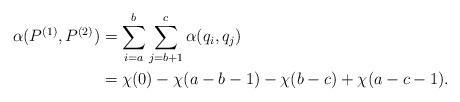
LaTeX: \begin{align*} \alpha(P^{(1)},P^{(2)}) &= \sum_{i=a}^b \sum_{j=b+1}^c \alpha(q_i,q_j) \\ &= \chi(0) - \chi(a-b-1) - \chi(b-c) + \chi(a-c-1).\end{align*}